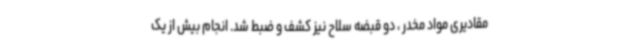
مقادیری مواد مخدر ، دو قبضه سلاح نیز کشف و ضبط شد. انجام بیش از یک